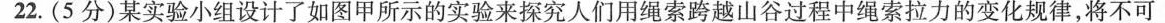
22.(5分)某实验小组设计了如图甲所示的实验来探究人们用绳索跨越山谷过程中绳索拉力的变化规律，将不可